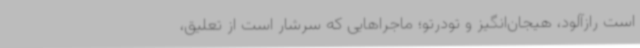
است رازآلود، هیجان‌انگیز و تودرتو؛ ماجراهایی که سرشار است از تعلیق،